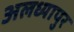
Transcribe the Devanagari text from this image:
अलध्यापुर